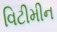
વિટીમીન